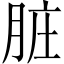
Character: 脏